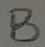
Text: B